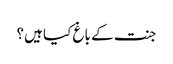
جنت کے باغ کیا ہیں؟